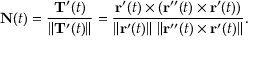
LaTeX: \mathbf { N } ( t ) = { \frac { \mathbf { T } ^ { \prime } ( t ) } { \| \mathbf { T } ^ { \prime } ( t ) \| } } = { \frac { \mathbf { r } ^ { \prime } ( t ) \times \left( \mathbf { r } ^ { \prime \prime } ( t ) \times \mathbf { r } ^ { \prime } ( t ) \right) } { \left\| \mathbf { r } ^ { \prime } ( t ) \right\| \, \left\| \mathbf { r } ^ { \prime \prime } ( t ) \times \mathbf { r } ^ { \prime } ( t ) \right\| } } .